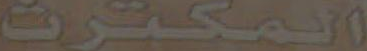
المكترن